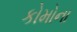
કોમોના